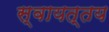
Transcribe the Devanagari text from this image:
स्वायत्तय